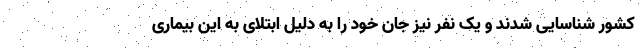
کشور شناسایی شدند و یک نفر نیز جان خود را به دلیل ابتلای به این بیماری